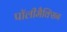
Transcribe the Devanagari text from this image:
पॉलीमैक्सिन